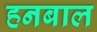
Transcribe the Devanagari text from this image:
हनबाल